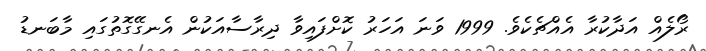
ރޯލެއް އަދާކުރާ އެއްޗެކެވެ. 1999 ވަނަ އަހަރު ކޮށްފައިވާ ދިރާސާއަކުން އެނގޭގޮތުގައި މާބަނޑު